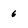
Character: 6